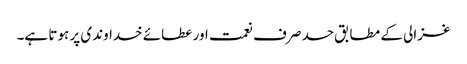
غزالی کے مطابق حسد صرف نعمت اور عطائے خداوندی پر ہوتا ہے۔